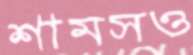
শামসও